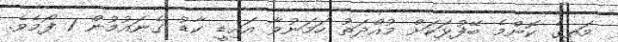
މަތީގެ ކޮންމެ ބޭފުޅަކަށް މުއްދަތު ހަމަނުވާ އައިޑީ ކާޑު ގެނައުމުން 1 ފޯމެވެ.